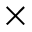
\times